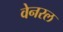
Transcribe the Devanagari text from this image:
वेनरल